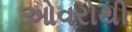
ઓવરોથી